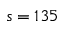
s = 1 3 5